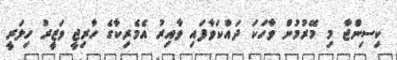
ކިސިންޖާ މި މޭރުމުން ވާހަކަ ދައްކަވާފައި ވާއިރު އެމެރިކާގެ ހާރިޖީ ވަޒީރު ހިލަރީ